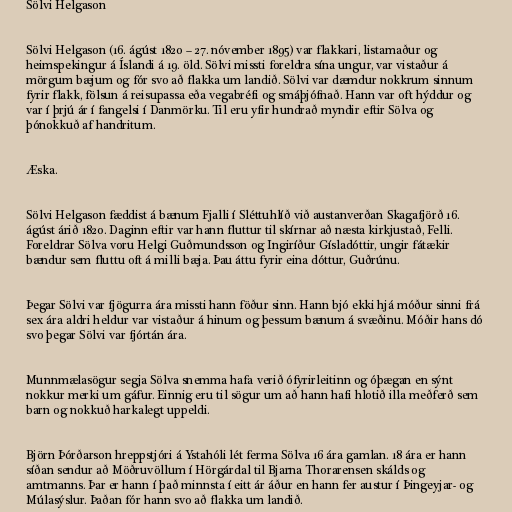
Sölvi Helgason

Sölvi Helgason (16. ágúst 1820 – 27. nóvember 1895) var flakkari, listamaður og
heimspekingur á Íslandi á 19. öld. Sölvi missti foreldra sína ungur, var vistaður á
mörgum bæjum og fór svo að flakka um landið. Sölvi var dæmdur nokkrum sinnum
fyrir flakk, fölsun á reisupassa eða vegabréfi og smáþjófnað. Hann var oft hýddur og
var í þrjú ár í fangelsi í Danmörku. Til eru yfir hundrað myndir eftir Sölva og
þónokkuð af handritum.

Æska.

Sölvi Helgason fæddist á bænum Fjalli í Sléttuhlíð við austanverðan Skagafjörð 16.
ágúst árið 1820. Daginn eftir var hann fluttur til skírnar að næsta kirkjustað, Felli.
Foreldrar Sölva voru Helgi Guðmundsson og Ingiríður Gísladóttir, ungir fátækir
bændur sem fluttu oft á milli bæja. Þau áttu fyrir eina dóttur, Guðrúnu.

Þegar Sölvi var fjögurra ára missti hann föður sinn. Hann bjó ekki hjá móður sinni frá
sex ára aldri heldur var vistaður á hinum og þessum bænum á svæðinu. Móðir hans dó
svo þegar Sölvi var fjórtán ára.

Munnmælasögur segja Sölva snemma hafa verið ófyrirleitinn og óþægan en sýnt
nokkur merki um gáfur. Einnig eru til sögur um að hann hafi hlotið illa meðferð sem
barn og nokkuð harkalegt uppeldi.

Björn Þórðarson hreppstjóri á Ystahóli lét ferma Sölva 16 ára gamlan. 18 ára er hann
síðan sendur að Möðruvöllum í Hörgárdal til Bjarna Thorarensen skálds og
amtmanns. Þar er hann í það minnsta í eitt ár áður en hann fer austur í Þingeyjar- og
Múlasýslur. Þaðan fór hann svo að flakka um landið.